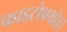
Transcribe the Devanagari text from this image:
फाइटोपथोरा